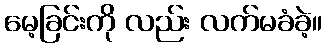
မေ့ခြင်းကို လည်း လက်မခံခဲ့။